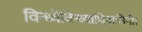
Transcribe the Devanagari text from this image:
विन्ध्येविन्ध्याधिवासिनी।